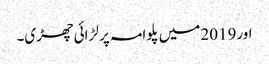
اور2019 میں پلوامہ پر لڑائی چھڑی۔